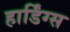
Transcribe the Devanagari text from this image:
हार्डिंग्स